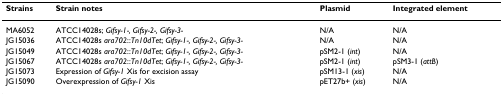
| Strains | Strain notes | Plasmid | Integrated element |
 | --- | --- | --- | --- |
 | MA6052 | ATCC14028s; Gifsy-1-, Gifsy-2-, Gifsy-3- | N/A | N/A |
 | JG15036 | ATCC14028s ara702::Tn10dTet; Gifsy-1-, Gifsy-2-, Gifsy-3- | N/A | N/A |
 | JG15049 | ATCC14028s ara702::Tn10dTet; Gifsy-1-, Gifsy-2-, Gifsy-3- | pSM2-1 (int) | N/A |
 | JG15067 | ATCC14028s ara702::Tn10dTet; Gifsy-1-, Gifsy-2-, Gifsy-3- | pSM2-1 (int) | pSM3-1 (attB) |
 | JG15073 | Expression of Gifsy-1 Xis for excision assay | pSM13-1 (xis) | N/A |
 | JG15090 | Overexpression of Gifsy-1 Xis | pET27b+ (xis) | N/A |